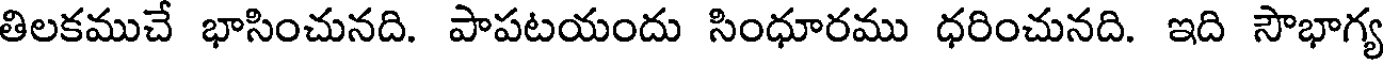
తిలకముచే భాసించునది. పాపటయందు సింధూరము ధరించునది. ఇది సౌభాగ్య